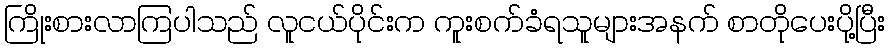
ကြိုးစားလာကြပါသည် လူငယ်ပိုင်းက ကူးစက်ခံရသူများအနက် စာတိုပေးပို့ပြီး